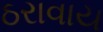
ઠરાવાય